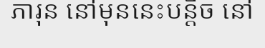
ភារុន នៅមុននេះបន្តិច នៅ